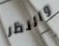
والنظر